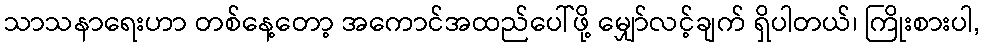
သာသနာရေးဟာ တစ်နေ့တော့ အကောင်အထည်ပေါ်ဖို့ မျှော်လင့်ချက် ရှိပါတယ်၊ ကြိုးစားပါ,